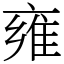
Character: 雍